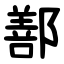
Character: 鄯